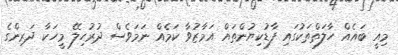
މިއީ ބައެއް ހާލަތްތަކުގައި ފާޑުކިޔުންތައް އަމާޒުވާ ކަމެއް ނަމަވެސް ދުރުހިލޭ މީހަކާ ދަރިންގެ